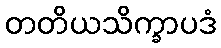
တတိယသိက္ခာပဒံ